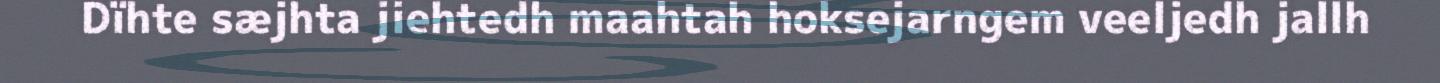
Dïhte sæjhta jiehtedh maahtah hoksejarngem veeljedh jallh